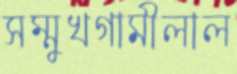
সম্মুখগামীলাল